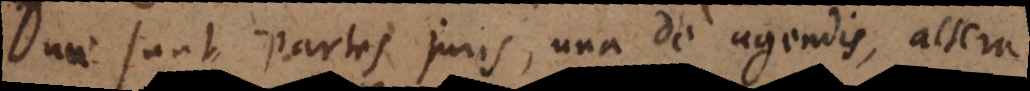
Duae sunt partes juris, una de agendis, altera